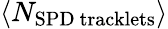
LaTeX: \langle N_{\mathrm{SPD~tracklets}}\rangle